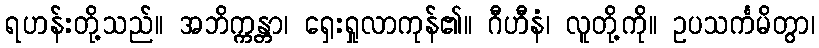
ရဟန်းတို့သည်။ အဘိက္ကန္တာ၊ ရှေးရှုလာကုန်၏။ ဂီဟီနံ၊ လူတို့ကို။ ဥပသင်္ကမိတွာ၊